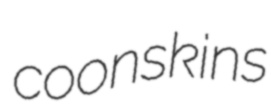
coonskins